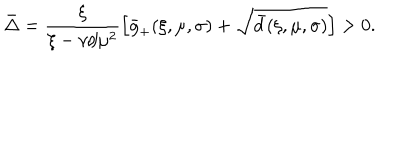
\bar { \Delta } = \frac { \xi } { \xi - \nu / \mu ^ { 2 } } \left[ \bar { g } _ { + } ( \xi , \mu , \sigma ) + \sqrt { \bar { d } ( \xi , \mu , \sigma ) } \right] > 0 .